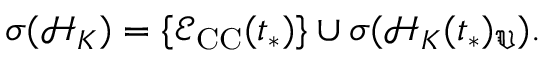
\sigma ( \mathcal { H } _ { K } ) = \{ \mathcal { E } _ { \mathrm { C C } } ( t _ { * } ) \} \cup \sigma ( \mathcal { H } _ { K } ( t _ { * } ) _ { \mathfrak { V } } ) .